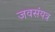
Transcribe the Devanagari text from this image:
जवसंयत्र